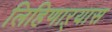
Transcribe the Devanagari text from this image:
लिहिणाऱ्यास